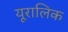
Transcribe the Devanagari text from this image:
यूरालिक